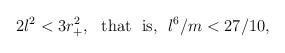
LaTeX: \begin{align*}2l^2 <3r_+^2,\ \ {\rm that \ \ is, }\ \ l^6/m <27/10,\end{align*}